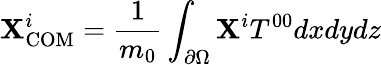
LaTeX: \mathbf{X}_{\mathrm{{COM}}}^{i}={\frac{{1}}{{m_{0}}}}\int_{\partial\Omega}\mathbf{X}^{i}T^{00}dxdydz